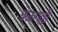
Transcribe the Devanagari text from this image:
बेळगल्ली